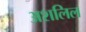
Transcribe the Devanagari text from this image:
अशलिल